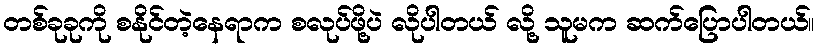
တစ်ခုခုကို စနိုင်တဲ့နေရာက စလုပ်ဖို့ပဲ လိုပါတယ် လို့ သူမက ဆက်ပြောပါတယ်။